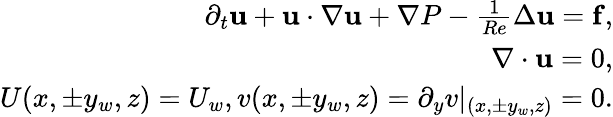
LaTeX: \begin{array}{r}{\partial_{t}\mathbf{u}+\mathbf{u}\cdot\mathbf{\nabla}\mathbf{u}+\mathbf{\nabla}P-\frac{1}{Re}\Delta\mathbf{u}=\mathbf{f},}\\ {\mathbf{\nabla}\cdot\mathbf{u}=0,}\\ {U(x,\pm y_{w},z)=U_{w},v(x,\pm y_{w},z)=\partial_{y}v|_{(x,\pm y_{w},z)}=0.}\end{array}